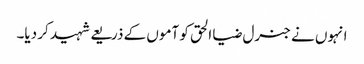
انہوں نے جنرل ضیا الحق کو آموں کے ذریعے شہید کر دیا۔